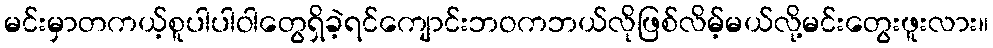
မင်းမှာတကယ့်စူပါပါဝါတွေရှိခဲ့ရင်ကျောင်းဘဝကဘယ်လိုဖြစ်လိမ့်မယ်လို့မင်းတွေးဖူးလား။